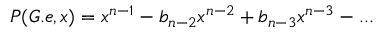
P ( G . e , x ) = x ^ { n - 1 } - b _ { n - 2 } x ^ { n - 2 } + b _ { n - 3 } x ^ { n - 3 } - . . .